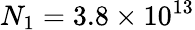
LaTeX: N_{1}=3.8\times 10^{13}